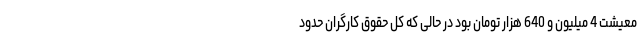
معیشت 4 میلیون و 640 هزار تومان بود در حالی که کل حقوق کارگران حدود